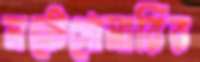
মন্টেগোমারির